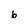
Character: b